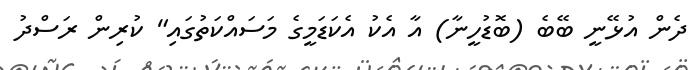
ދެން އުޅޭނީ ބޭބެ (ބޮޑުހީނާ) އާ އެކު އެކަޑަމީގެ މަސައްކަތުގައި" ކުރިން ރަސްދު